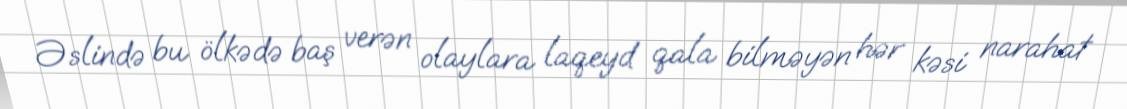
Əslində bu ölkədə baş verən olaylara laqeyd qala bilməyən hər kəsi narahat